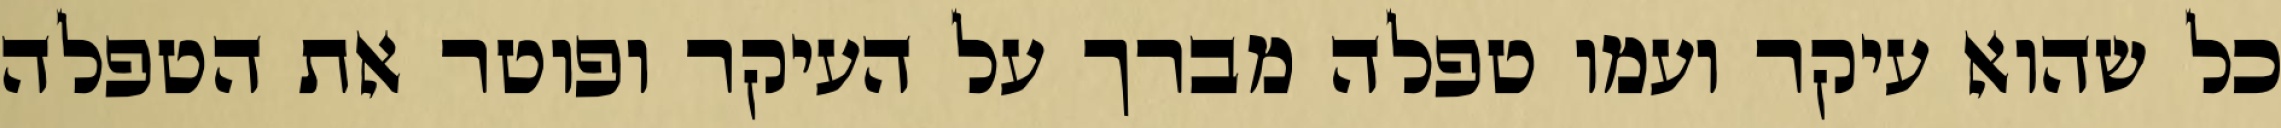
כל שהוא עיקר ועמו טפלה מברך על העיקר ופוטר את הטפלה